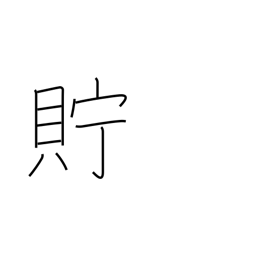
Meaning: keep